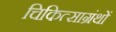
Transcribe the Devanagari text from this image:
चिकित्साग्रंथों